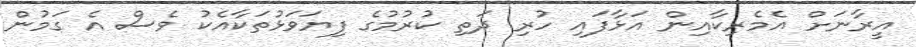
އީރާނަށް އެމެރިކާއިން އަޅާފައި ހުރި ދަތި ކުރުމުގެ ފިޔަވަޅުތަކާއެކު ވެސް އެ ގަމުން